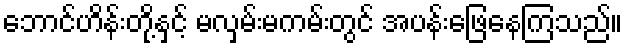
ဘောင်ဟိန်းတို့နှင့် မလှမ်းမကမ်းတွင် အပန်းဖြေနေကြသည်။